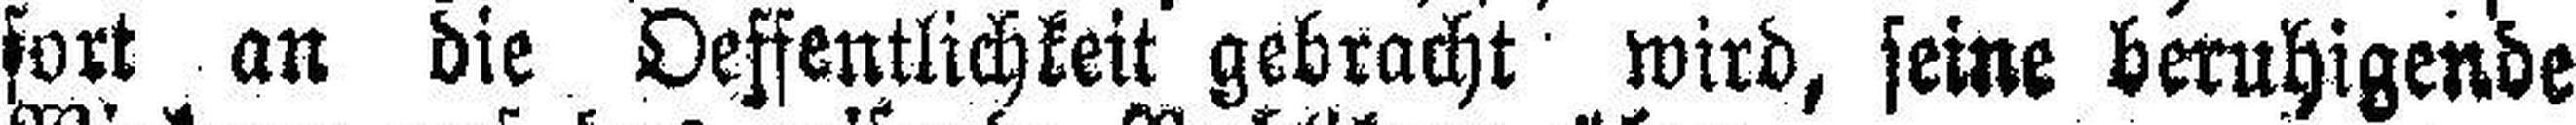
fort an die Oeffentlichkeit gebracht wird, seine beruhigende